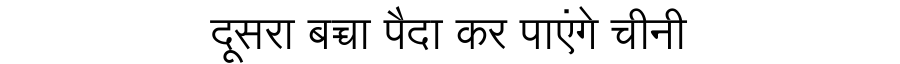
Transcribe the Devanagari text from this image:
दूसरा बच्चा पैदा कर पाएंगे चीनी